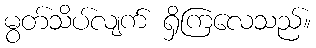
မွတ်သိပ်လျက် ရှိကြလေသည်။